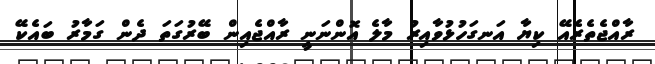
ރާއްޖެތެރެއޭ ކިޔާ އަނގަހުޅުވާއިރު މާލެ އޮންނަނީ ރާއްޖެއިން ބޭރުގަތަ ދެން ގަމާރު ބައެކޭ